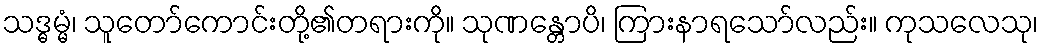
သဒ္ဓမ္မံ၊ သူတော်ကောင်းတို့၏တရားကို။ သုဏန္တောပိ၊ ကြားနာရသော်လည်း။ ကုသလေသု၊